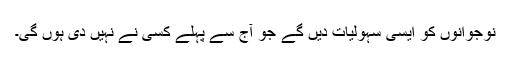
نوجوانوں کو ایسی سہولیات دیں گے جو آج سے پہلے کسی نے نہیں دی ہوں گی۔